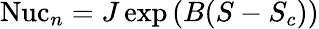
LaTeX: \begin{array}{r}{\mathrm{Nuc}_{n}=J\exp\left(B(S-S_{c})\right)}\end{array}